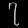
Digit: ၇